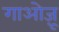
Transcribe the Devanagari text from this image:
गाओज़ू